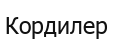
Кордилер